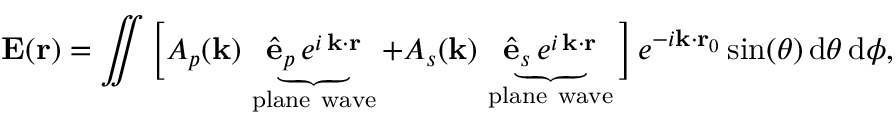
\mathbf { E } ( \mathbf { r } ) = \iint \Big [ A _ { p } ( \mathbf { k } ) \, \underbrace { \hat { \mathbf { e } } _ { p } \, e ^ { i \, \mathbf { k } \cdot \mathbf { r } } } _ { \mathrm { p l a n e ~ w a v e } } + A _ { s } ( \mathbf { k } ) \, \underbrace { \hat { \mathbf { e } } _ { s } \, e ^ { i \, \mathbf { k } \cdot \mathbf { r } } } _ { \mathrm { p l a n e ~ w a v e } } \Big ] \, e ^ { - i \mathbf { k } \cdot \mathbf { r } _ { 0 } } \, \mathrm { s i n } ( \theta ) \, \mathrm { d } \theta \, \mathrm { d } \phi ,